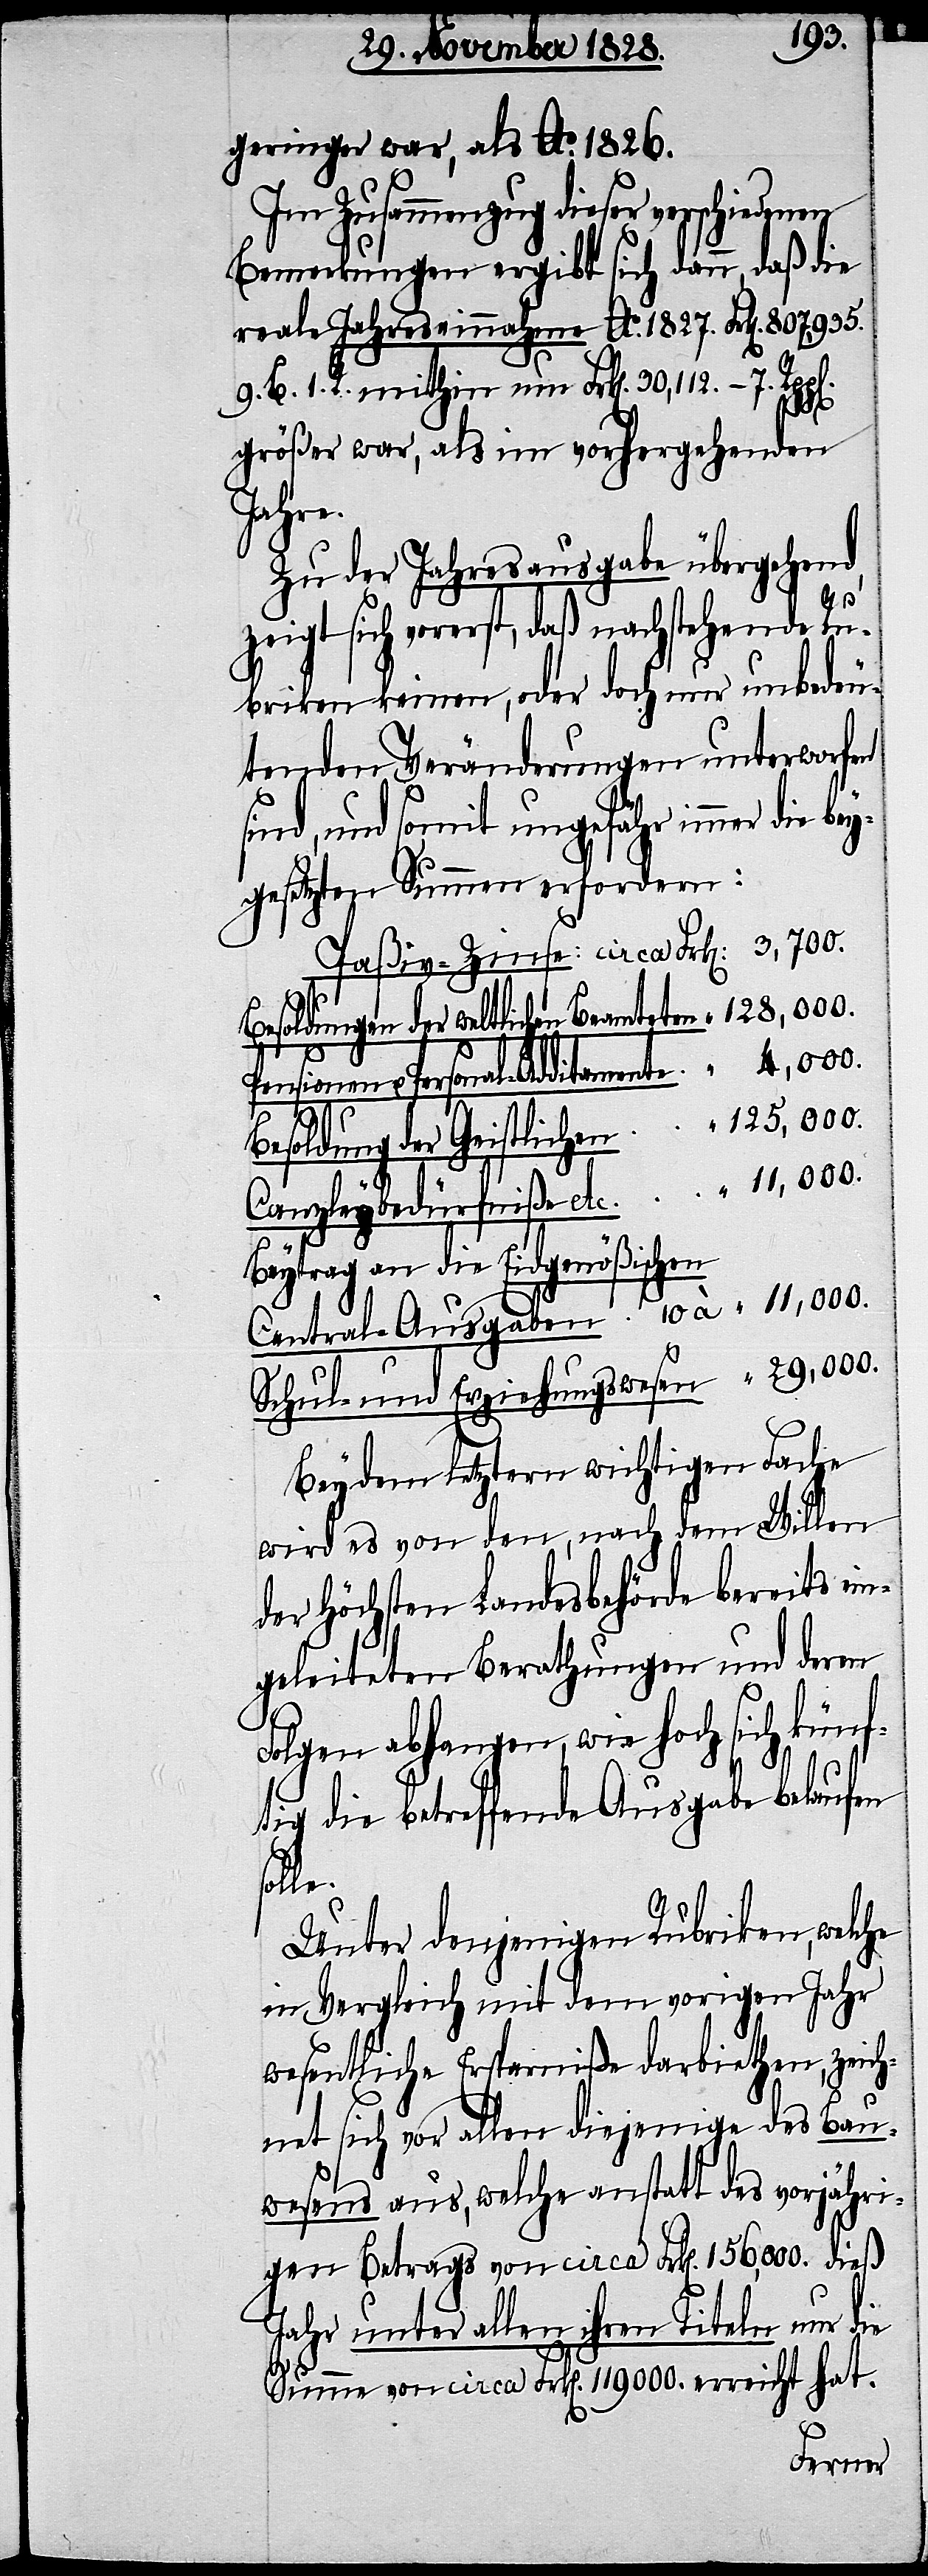
geringer war, als Ao. 1826.
Besoldungen der Geistlichen
Bemerkungen ergibt sich dann, daß die
reale Jahreseinnahme Ao. 1827. Frk[en].
9. B. 1. R. mithin um Frk[en]. 30,112. – 7.
größer war, als im vorhergehenden
Jahre.
Zu der Jahresausgabe übergehend,
10
zeigt sich vorerst, daß nachstehende Ru¬
briken keinen, oder doch nur unbedeu¬
tenden Veränderungen unterworfen
sind, und somit ungefähr immer die
gesetzten Summen erfordern:
Besoldungen der weltlichen Beamteten
Beytrag an die Eidgenößischen
Bey dem letztern wichtigen Fache
wird es von den, nach dem Willen
der Höchsten Landesbehörde bereits ein¬
geleiteten Berathungen und deren
Folgen abhangen, wie hoch sich künf¬
tig die betreffende Ausgabe belaufen
solle.
Unter denjenigen Rubriken, welche
in Vergleich mit dem vorigen Jahr
wesentliche Ersparniße darbiethen, zeic¬
hnet sich vor allen diejenige des Bau¬
wesens aus, welche anstatt des vorjähri¬
gen Betrags von circa Frk[en]. 156,600. dieß
Jahr unter allen ihren Titeln nur die
Summe von circa Frk[en]. 119000. erreicht hat.